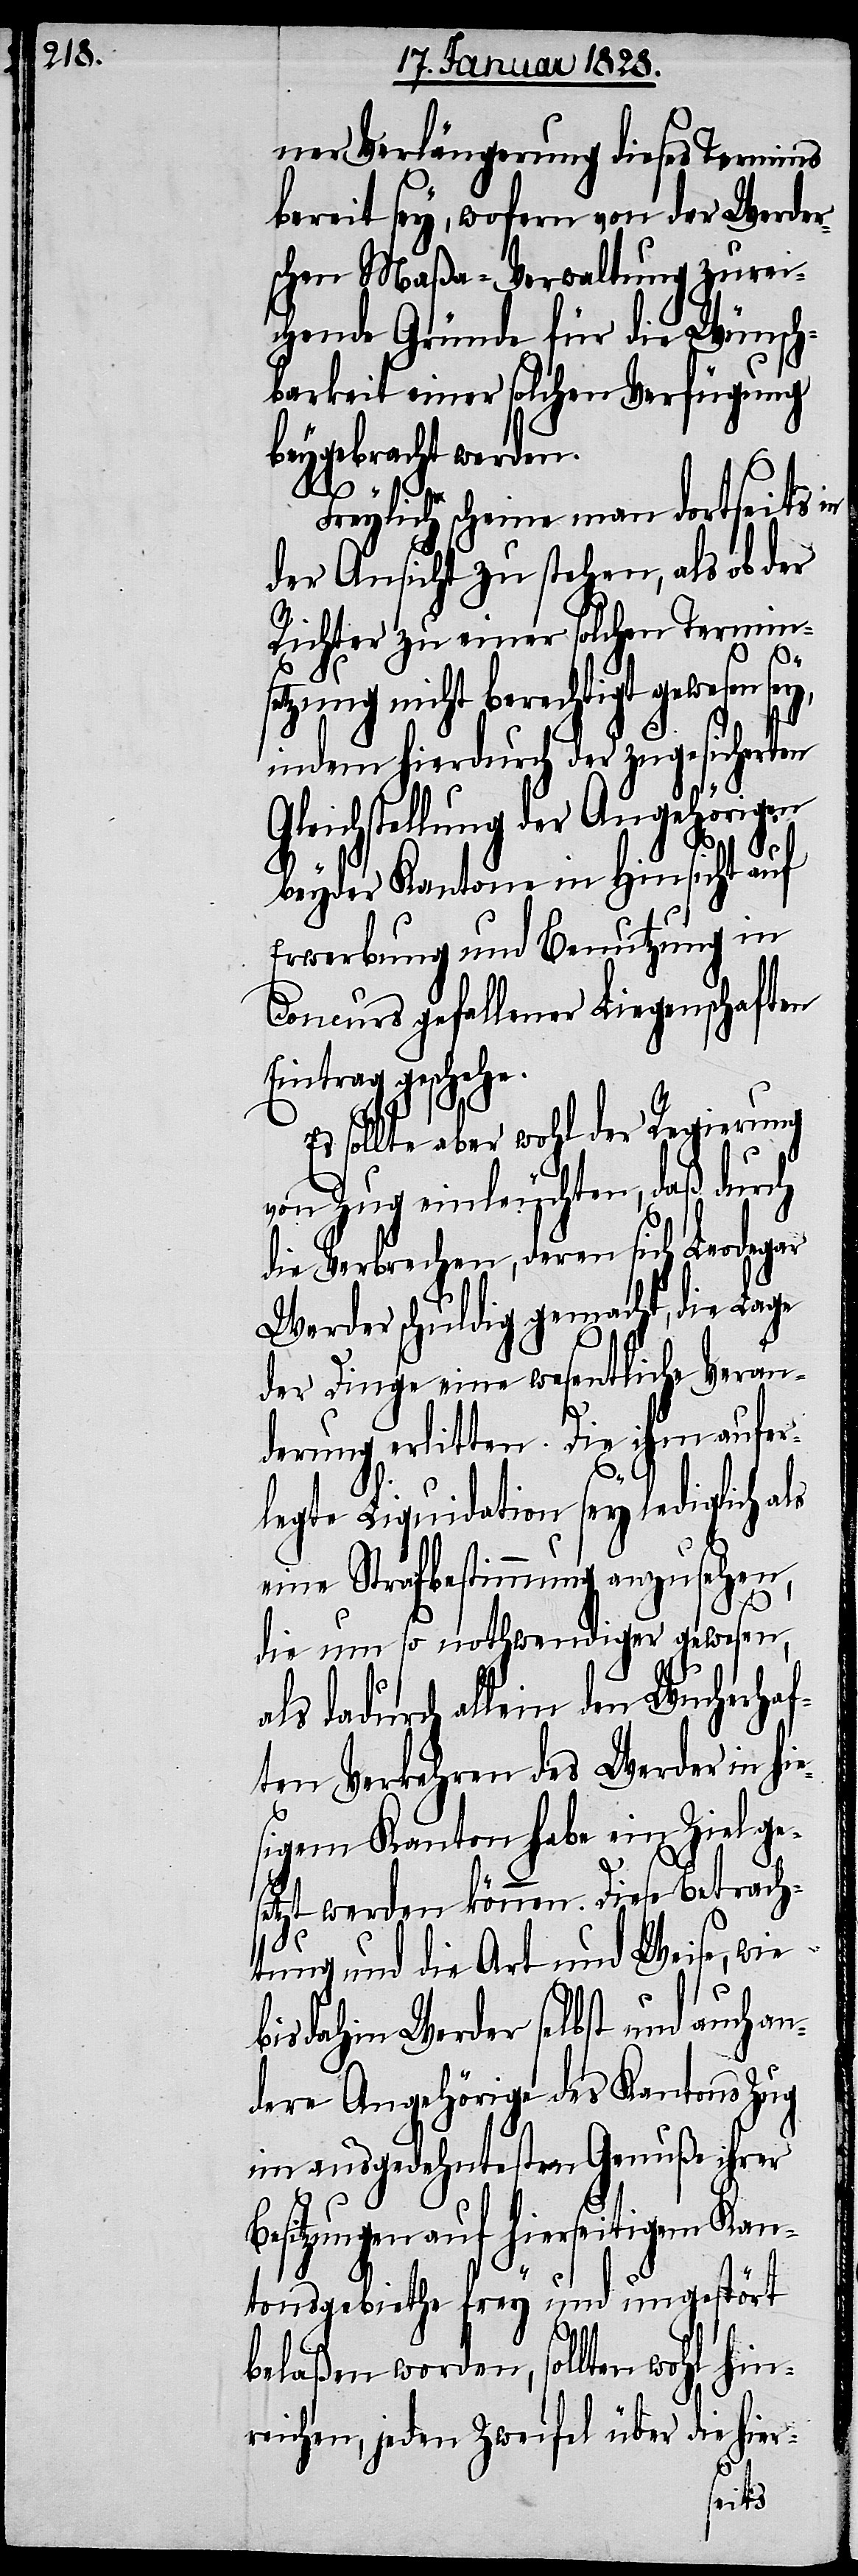
ner Verlängerung dieses Termins
bereit sey, wofern von der Werder¬
schen Maßa-Verwaltung zurei¬
chende Gründe für die Wünsch¬
barkeit einer solchen Verfügung
beygebracht werden.
Freylich scheine man dortseits in
der Ansicht zu stehen, als ob der
Richter zu einer solchen Termins¬
etzung nicht berechtigt gewesen sey,
indem hierdurch der zugesicherten
Gleichstellung der Angehörigen
e¬
beyder Kantone in Hinsicht auf
Erwerbung und Benutzung in
Concurs gefallener Liegenschaften
Eintrag geschehe.
Es sollte aber wohl der Regierung
von Zug einleuchten, daß durch
die Verbrechen, deren sich Leodegar
Werder schuldig gemacht, die Lage
der Dinge eine wesentliche Verän¬
derung erlitten. Die ihm aufer¬
legte Liquidation sey lediglich als
eine Strafbestimmung anzusehen,
die um so nothwendiger gewesen,
dadurch allein den Wucherhaf¬
ten Verkehren des Werder in hi¬
sigem Kanton habe ein Ziel ge¬
setzt werden können. Diese Betrach¬
tung und Art und Weise, wie
bis dahin Werder selbst und auch an¬
dere Angehörige des Kantons Zug
im ausgedehntesten Genuße ihrer
Besitzungen auf hierseitigem Kan¬
tonsgebiethe frey und ungestört
belaßen worden, sollten wohl hin¬
ifel über die hier-
reichen, jeden Zwe¬